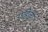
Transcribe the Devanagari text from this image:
पडिलीं